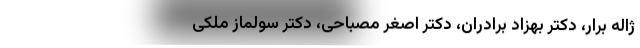
ژاله برار، دکتر بهزاد برادران، دکتر اصغر مصباحی، دکتر سولماز ملکی